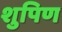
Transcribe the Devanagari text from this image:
शुपिण